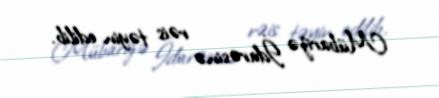
Mübarizə İdarəsinə rəis təyin edilib.